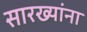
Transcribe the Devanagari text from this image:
सारख्यांना